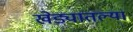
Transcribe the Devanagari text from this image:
खेड्यातल्या